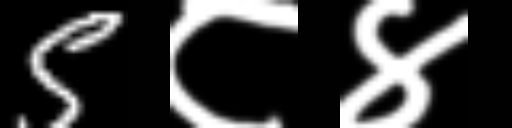
Text: 5८४